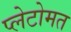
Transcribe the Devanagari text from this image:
प्लेटोमत